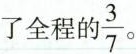
了全程的\frac{3}{7}